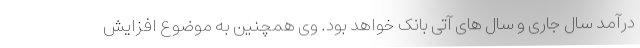
درآمد سال جاری و سال های آتی بانک خواهد بود. وی همچنین به موضوع افزایش